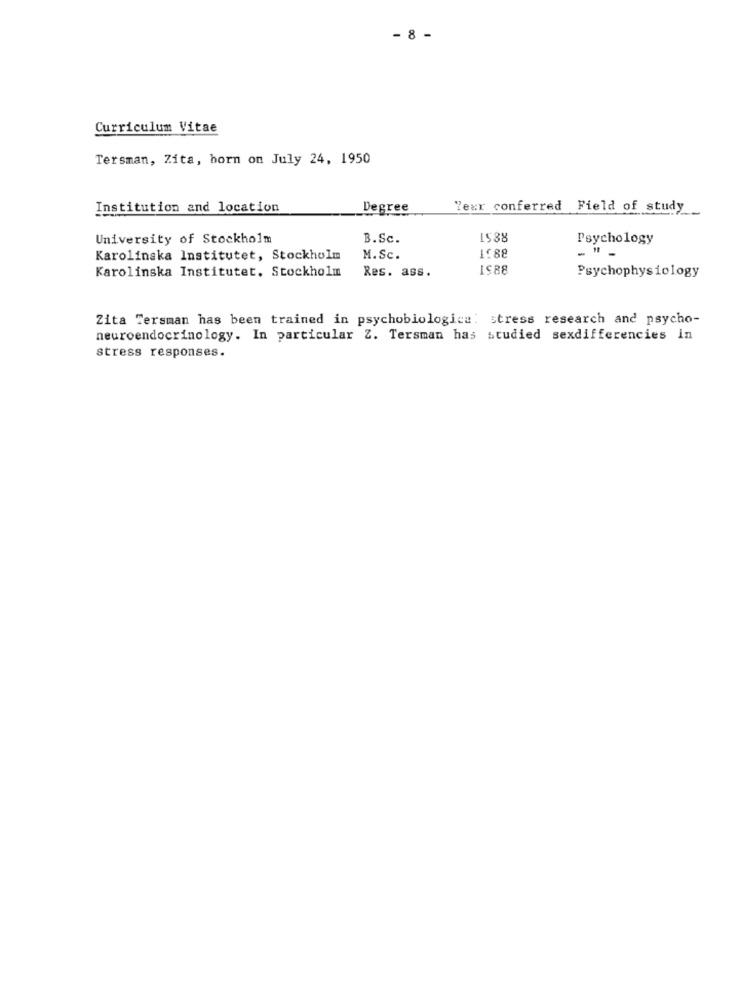
- 8 -
Curriculum Vitae
Tersman, Zita, born on July 24, 1950
Institution and location
Degree
Yexr conferred Field of study
University of Stockholm
B.Sc.
1588
Psychology
Karolinska Institutet, Stockholm
M.Sc.
1.88
Karolinska Institutet. Stockholm
Res. ass.
IS88
Psychophysiology
Zita Tersman has been trained in psychobiologica: stress research and psycho-
neuroendocrinology. In particular Z. Tersman has studied sexdifferencies in
stress responses.